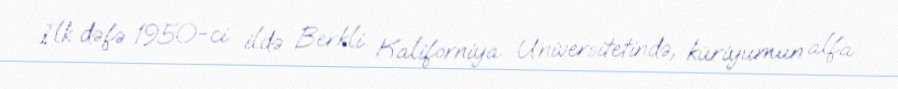
İlk dəfə 1950-ci ildə Berkli Kaliforniya Universitetində, küriyumun alfa